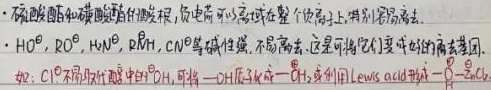
- 磺酸酯和磷酸酯的烃根，负电荷可以离域在整个负离子上，特别容易离去。
- $\ce{HO^{\ominus}, RO^{\ominus}, H_{2}N^{\ominus}, R_{2}N^{\ominus}, Cl^{\ominus}}$ 等碱性强，不易离去，这是将它们变成好的离去基团。如：$\ce{Cl^{\ominus}}$ 不易取代醇中的 $\ce{ - OH}$，可将 $\ce{ - OH}$ 质子化 $\ce{ - OH_{2}^{+}}$，变成利用 $\text{Lewis acid}$ 形成 $\overset{\overset{O}{\vert\vert}}{ - Cl_{2}}$。